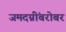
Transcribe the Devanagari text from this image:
जमदग्नींबरोबर